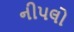
નીપલો